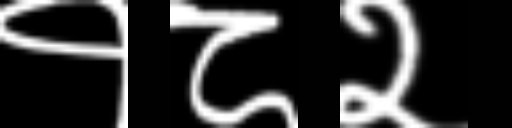
Text: १८२